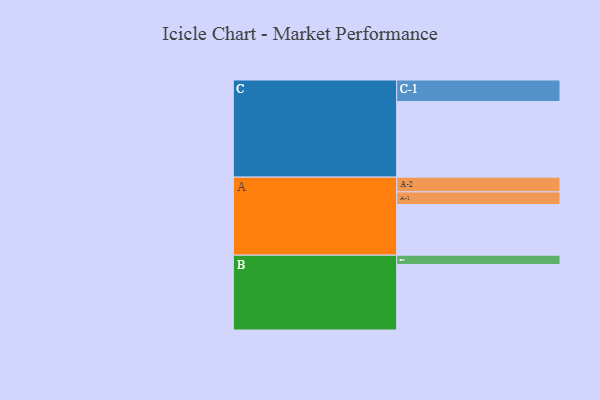
{"axis": {"x": "Segment", "y": "Value"}, "legend": ["", "A", "B", "C"], "data": [{"x": "A", "y": 388, "type": ""}, {"x": "B", "y": 502, "type": ""}, {"x": "C", "y": 579, "type": ""}, {"x": "A-1", "y": 97, "type": "A"}, {"x": "A-2", "y": 113, "type": "A"}, {"x": "B-1", "y": 71, "type": "B"}, {"x": "C-1", "y": 165, "type": "C"}]}